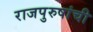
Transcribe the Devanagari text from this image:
राजपुरुषांची